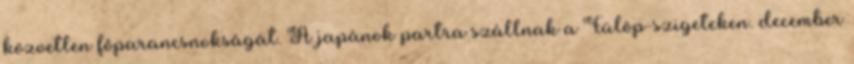
közvetlen fõparancsnokságát. A japánok partra szállnak a Fülöp-szigeteken. december